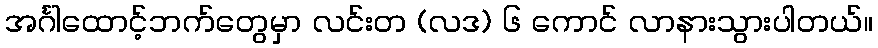
အင်္ဂါထောင့်ဘက်တွေမှာ လင်းတ (လဒ) ၆ ကောင် လာနားသွားပါတယ်။